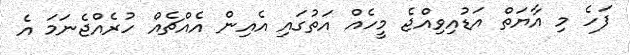
ފަހެ މި އާޔަތް އަޑުއިވިއްޖެ މީހެއް އަތުގައި އެއިން އެއްޗެއް ހުރެއްޖެނަމަ އެ